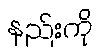
နည်းကို